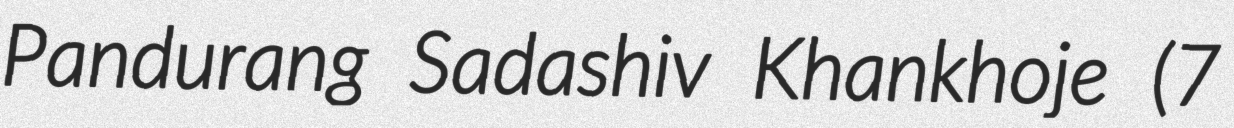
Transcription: Pandurang Sadashiv Khankhoje (7